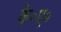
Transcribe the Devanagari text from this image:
के०ए०